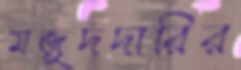
মজুদদারির